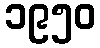
၁၉၅၀